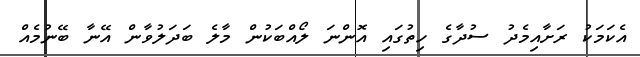
އެކަމަކު ރަށާއިމެދު ސުދާގެ ހިތުގައި އޮންނަ ލޯއްބަކުން މާލެ ބަދަލުވާން އޭނާ ބޭނުމެއް